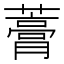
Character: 𧀎